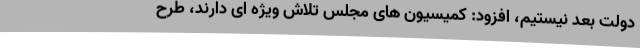
دولت بعد نیستیم، افزود: کمیسیون های مجلس تلاش ویژه ای دارند،‌ طرح